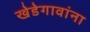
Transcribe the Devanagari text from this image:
खेडेगावांना